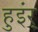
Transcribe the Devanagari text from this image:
हुइंर्